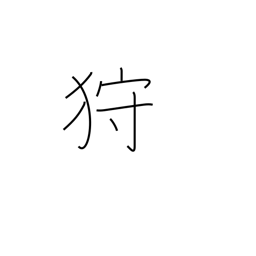
Meaning: hunt